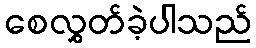
စေလွှတ်ခဲ့ပါသည်